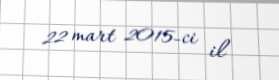
22 mart 2015-ci il